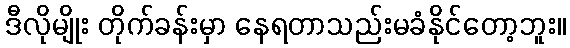
ဒီလိုမျိုး တိုက်ခန်းမှာ နေရတာသည်းမခံနိုင်တော့ဘူး။